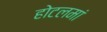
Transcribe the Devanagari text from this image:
होटलमां